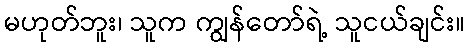
မဟုတ်ဘူး၊ သူက ကျွန်တော်ရဲ့ သူငယ်ချင်း။